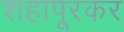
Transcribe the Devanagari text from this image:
शहापूरकर